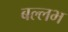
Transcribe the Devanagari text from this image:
बल्‍लभ